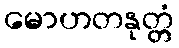
မောဟတနုတ္တံ